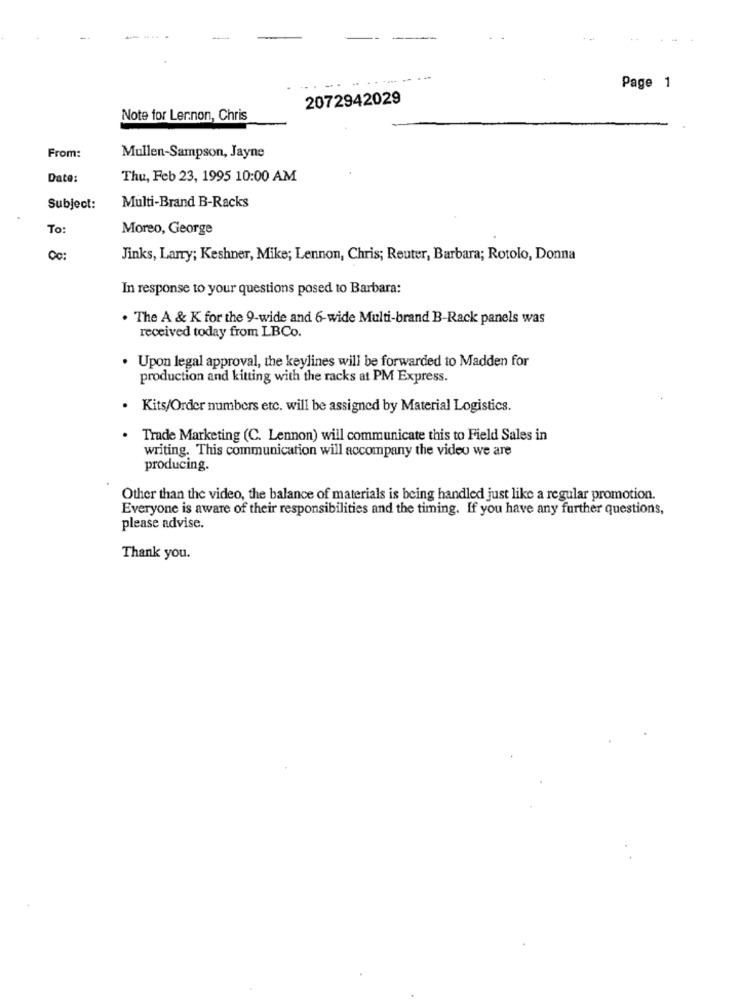
Page 1
2072942029
Note for Lennon, Chris
From:
Mullen-Sampson, Jayne
Date:
Thu, Feb 23, 1995 10:00 AM
Subject:
Multi-Brand B-Racks
To:
Moreo, George
Jinks, Larry; Keshner, Mike; Lennon, Chris; Reuter, Barbara; Rotolo, Donna
In response to your questions posed to Barbara:
. The A & K for the 9-wide and 6-wide Multi-brand B-Rack panels was
received today from LBCo.
. Upon legal approval, the keylines will be forwarded to Madden for
production and kitting with the racks at PM Express.
· Kits/Order numbers etc. will be assigned by Material Logistics.
· Trade Marketing (C. Lennon) will communicate this to Field Sales in
writing. This communication will accompany the video we are
producing.
Other than the video, the balance of materials is being handled just like a regular promotion.
Everyone is aware of their responsibilities and the timing. If you have any further questions,
please advise.
Thank you.